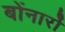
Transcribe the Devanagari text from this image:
बोंनार्रो